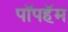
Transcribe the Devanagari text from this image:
पॉपहॅम